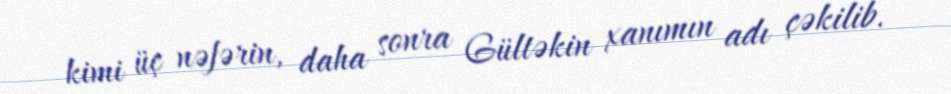
kimi üç nəfərin, daha sonra Gültəkin xanımın adı çəkilib.